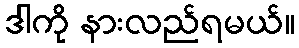
ဒါကို နားလည်ရမယ်။